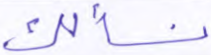
نسألك